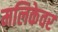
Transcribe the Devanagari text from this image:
मलिकेवर